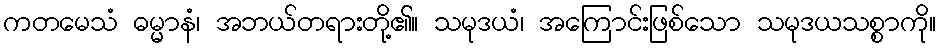
ကတမေသံ ဓမ္မာနံ၊ အဘယ်တရားတို့၏။ သမုဒယံ၊ အကြောင်းဖြစ်သော သမုဒယသစ္စာကို။